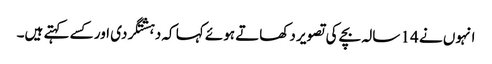
انہوں نے 14 سالہ بچے کی تصویر دکھاتے ہوئے کہا کہ دہشتگردی اور کسے کہتے ہیں۔